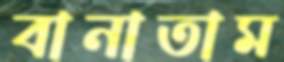
বানাতাম